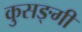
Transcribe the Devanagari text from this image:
कुसङ्गी